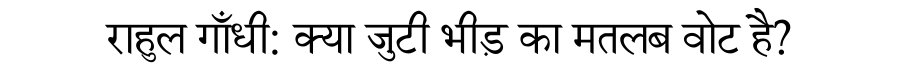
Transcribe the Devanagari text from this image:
राहुल गाँधी: क्या जुटी भीड़ का मतलब वोट है?